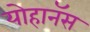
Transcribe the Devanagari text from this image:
योहानॅस